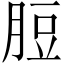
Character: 脰